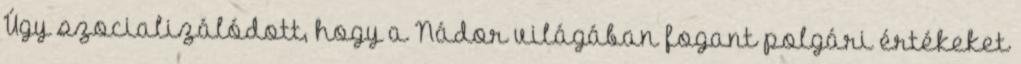
Úgy szocializálódott, hogy a Nádor világában fogant polgári értékeket